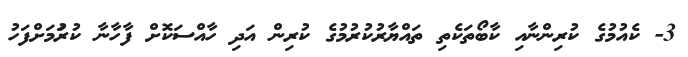
3- ކެއުމުގެ ކުރިންނާއި ކާބޯތަކެތި ތައްޔާރުކުރުމުގެ ކުރިން އަދި ހާއްސަކޮށް ފާހާނާ ކުރުަމަށްފަހު